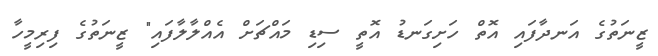
ޒީނަތުގެ އަނދާފައި އޮތް ހަށިގަނޑު އޮތީ ސިޑި މައްޗަށް އެއްލާލާފައި" ޒީނަތުގެ ފިރިމީހާ